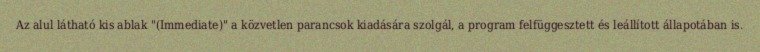
Az alul látható kis ablak "(Immediate)" a közvetlen parancsok kiadására szolgál, a program felfüggesztett és leállított állapotában is.